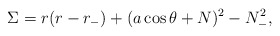
\begin{align*}\Sigma=r(r-r_-)+(a\cos\theta+N)^2 -N_-^2,\end{align*}